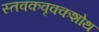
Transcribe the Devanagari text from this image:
स्तवकवृक्कशोथ